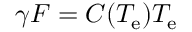
\gamma F = C ( T _ { \mathrm { e } } ) T _ { \mathrm { e } }